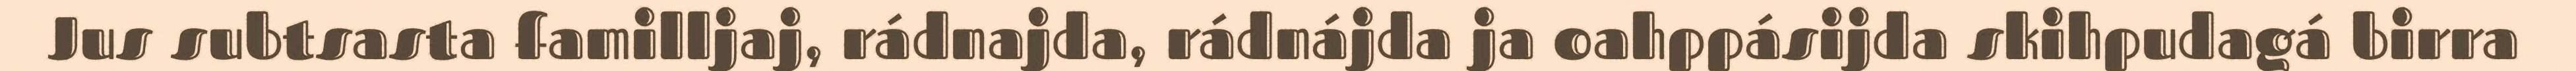
Jus subtsasta familljaj, rádnajda, rádnájda ja oahppásijda skihpudagá birra